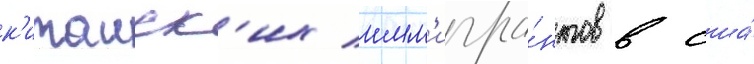
к'итаиск'их имм'игра́нтов в сша́